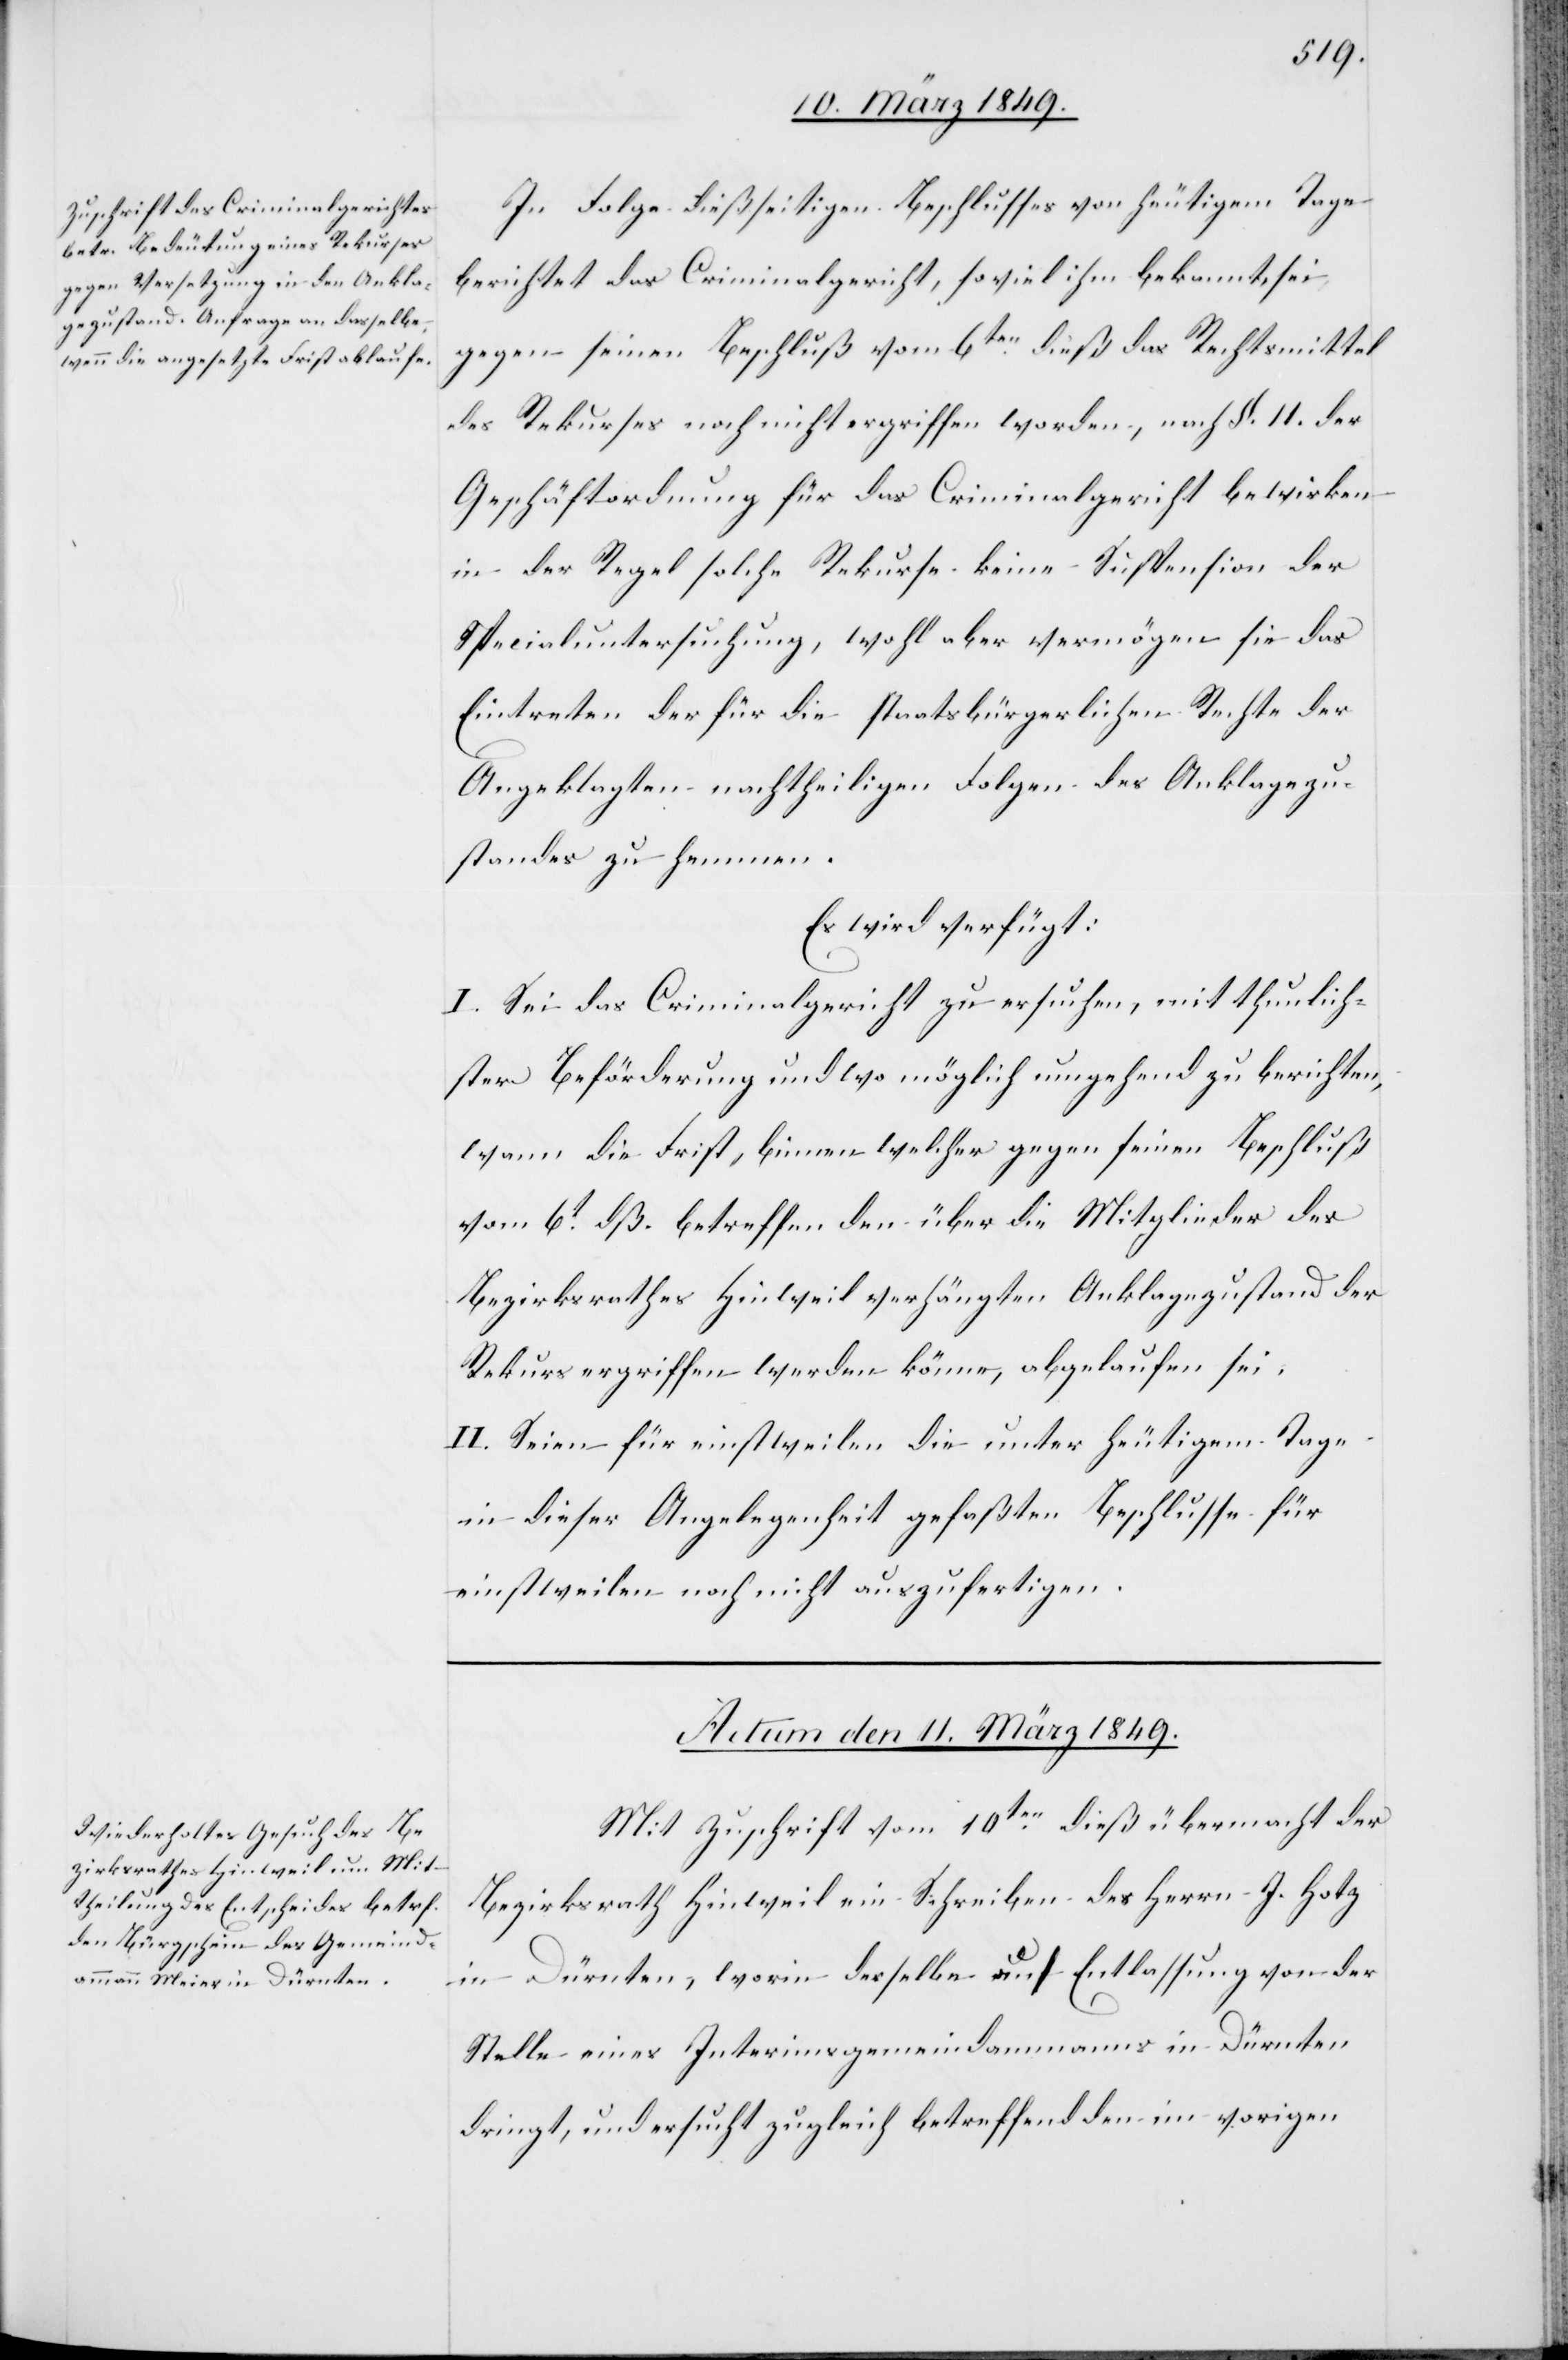
11. März 1849.
In Folge dießseitigen Beschlusses von heutigem Tage
berichtet das Criminalgericht, soviel ihm bekannt, sei
gegen seinen Beschluß vom 6ten. dieß das Rechtsmittel
des Rekurses noch nicht ergriffen worden, nach §. 11. der
Geschäftsordnung für das Criminalgericht bewirken
in der Regel solche Rekurse keine Suspension der
Specialuntersuchung, wohl aber vermögen sie das
Eintreten der für die staatsbürgerlichen Rechte der
Angeklagten nachtheiligen Folgen des Anklagezu¬
standes zu hemmen.
Es wird verfügt:
I. Sei das Criminalgericht zu ersuchen, mit thunlich¬
ster Beförderung und wo möglich umgehend zu berichten,
wann die Frist, binnen welcher gegen seinen Beschluß
vom 6t. dß. betreffen[d] den über die Mitglieder des
Bezirksrathes Hinweil verhängten Anklagezustand der
Rekurs ergriffen werden könne, abgelaufen sei.
II. Seien für einstweilen die unter heutigem Tage
in dieser Angelegenheit gefaßten Beschlusse [sic!]
einstweilen noch nicht auszufertigen.
Mit Zuschrift vom 10ten. dieß übermacht der
Bezirksrath Hinweil ein Schreiben des Herrn J. Hotz
in Dürnten, worin derselbe auf Entlassung von der
Stelle eines Interimsgemeindammanns in Dürnten
dringt, und ersucht zugleich betreffend den im vorigen